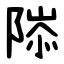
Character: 䧙